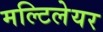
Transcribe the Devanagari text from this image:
मल्टिलेयर